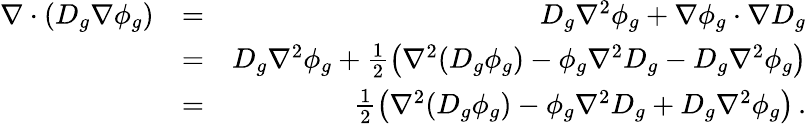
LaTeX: \begin{array}{rlr}{\nabla\cdot(D_{g}\nabla\phi_{g})}&{=}&{D_{g}\nabla^{2}\phi_{g}+\nabla\phi_{g}\cdot\nabla D_{g}}\\ &{=}&{D_{g}\nabla^{2}\phi_{g}+\frac{1}{2}\left(\nabla^{2}(D_{g}\phi_{g})-\phi_{g}\nabla^{2}D_{g}-D_{g}\nabla^{2}\phi_{g}\right)}\\ &{=}&{\frac{1}{2}\left(\nabla^{2}(D_{g}\phi_{g})-\phi_{g}\nabla^{2}D_{g}+D_{g}\nabla^{2}\phi_{g}\right)\, .}\end{array}